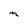
Character: M